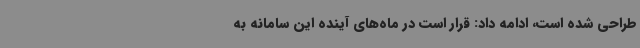
طراحی شده است، ادامه داد: قرار است در ماه‌های آینده این سامانه به